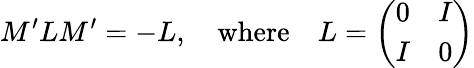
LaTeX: M^{\prime}LM^{\prime}=-L,\quad\mathrm{where}\quad L=\left(\begin{array}{cc}{{0}}&{{I}}\\ {{I}}&{{0}}\end{array}\right)